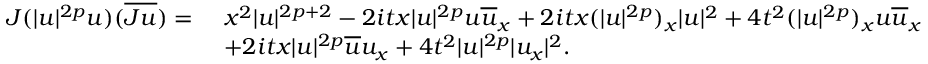
\begin{array} { r l } { J ( | u | ^ { 2 p } u ) ( \overline { { J u } } ) = } & { \ x ^ { 2 } | u | ^ { 2 p + 2 } - 2 i t x | u | ^ { 2 p } u \overline { { u } } _ { x } + 2 i t x ( | u | ^ { 2 p } ) _ { x } | u | ^ { 2 } + 4 t ^ { 2 } ( | u | ^ { 2 p } ) _ { x } u \overline { { u } } _ { x } } \\ & { \ + 2 i t x | u | ^ { 2 p } \overline { { u } } u _ { x } + 4 t ^ { 2 } | u | ^ { 2 p } | u _ { x } | ^ { 2 } . } \end{array}